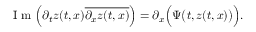
\textnormal { I m } \Big ( \partial _ { t } z ( t , x ) \overline { { \partial _ { x } z ( t , x ) } } \Big ) = \partial _ { x } \Big ( \boldsymbol { \Psi } \big ( t , z ( t , x ) \big ) \Big ) .